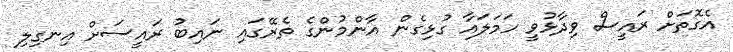
އެގޮތަށް ރައީސް ވިދާޅުވީ ހަމަލައާ ގުޅިގެން އާންމުންގެ ތެރޭގައި ނައިބު ރައީސަށް އިނގިލި